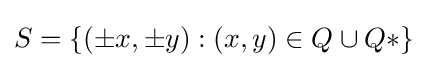
S=\{(\pm x,\pm y):(x,y)\in Q\cup Q*\}